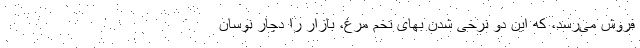
فروش می‌رسد، که این دو نرخی شدن بهای تخم مرغ، بازار را دچار نوسان